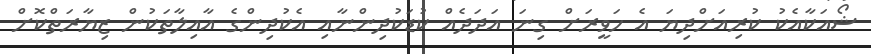
ޝޯއަކާއެކު ކުރިއަށްދިޔަ އެ ހަވީރަށް ގިނަ އަދަދެއް ކުޑަކުދިންނާއި އެކުދިންގެ އާއިލާތަކުން ޒިޔާރަތްކޮށް